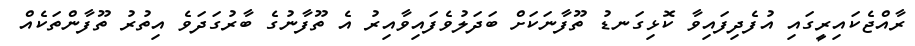
ރާއްޖެކައިރީގައި އުފެދިފައިވާ ކޮޅިގަނޑު ތޫފާނަކަށް ބަދަލުވެފައިވާއިރު އެ ތޫފާނުގެ ބާރުގަދަވެ އިތުރު ތޫފާންތަކެއް